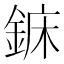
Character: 𨧖